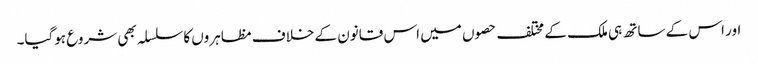
اور اس کے ساتھ ہی ملک کے مختلف حصوں میں اس قانون کے خلاف مظاہروں کا سلسلہ بھی شروع ہوگیا۔